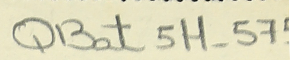
QBat 5H-57